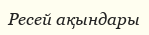
Ресей ақындары